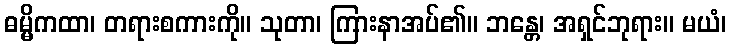
ဓမ္မိကထာ၊ တရားစကားကို။ သုတာ၊ ကြားနာအပ်၏။ ဘန္တေ၊ အရှင်ဘုရား။ မယံ၊